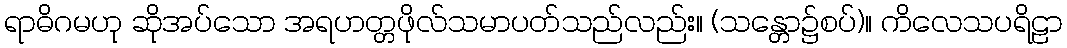
ရာဓိဂမဟု ဆိုအပ်သော အရဟတ္တဖိုလ်သမာပတ်သည်လည်း။ (သန္တော၌စပ်)။ ကိလေသပရိဠာ